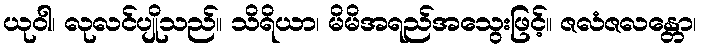
ယုဝါ၊ လုလင်ပျိုသည်။ သိရိယာ၊ မိမိအရည်အသွေးဖြင့်။ ဇလံဇလန္တော၊